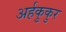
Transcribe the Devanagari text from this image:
अर्हकुकुर